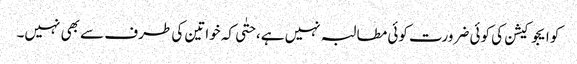
کو ایجوکیشن کی کوئی ضرورت کوئی مطالبہ نہیں ہے، حتٰی کہ خواتین کی طرف سے بھی نہیں۔